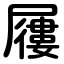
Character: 屨